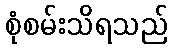
စုံစမ်းသိရသည်